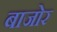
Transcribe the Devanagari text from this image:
बाजोर